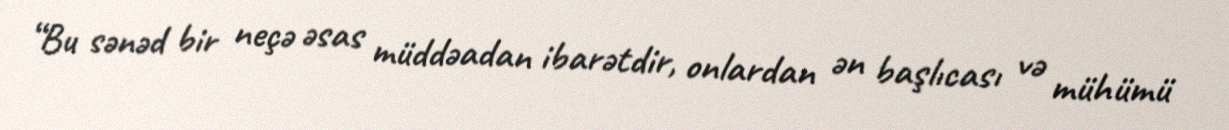
“Bu sənəd bir neçə əsas müddəadan ibarətdir, onlardan ən başlıcası və mühümü